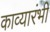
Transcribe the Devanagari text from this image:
काव्यारंभी